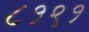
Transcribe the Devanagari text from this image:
८१९१